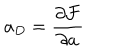
a _ { D } = \frac { \partial \mathcal { F } } { \partial a }